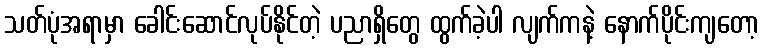
သတ်ပုံအရာမှာ ခေါင်းဆောင်လုပ်နိုင်တဲ့ ပညာရှိတွေ ထွက်ခဲ့ပါ လျက်ကနဲ့ နောက်ပိုင်းကျတော့